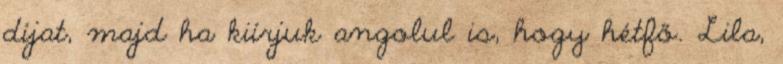
díjat, majd ha kiírjuk angolul is, hogy hétfő. Lila,